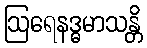
ဩရေနဒ္ဓမာသန္တိ